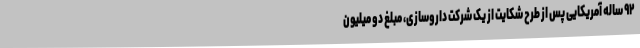
۹۲ ساله آمریکایی پس از طرح شکایت از یک شرکت داروسازی، مبلغ دو میلیون